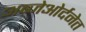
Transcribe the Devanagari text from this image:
अब्जेओर्दनेत